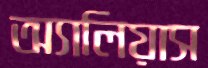
অ্যালিয়াস